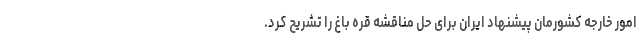
امور خارجه کشورمان پیشنهاد ایران برای حل مناقشه قره باغ را تشریح کرد.